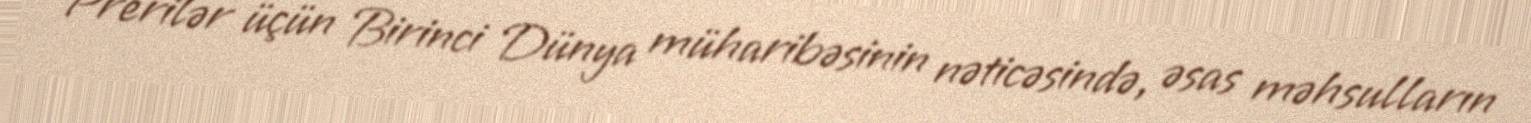
Prerilər üçün Birinci Dünya müharibəsinin nəticəsində, əsas məhsulların